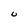
Character: U